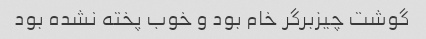
گوشت چیزبرگر خام بود و خوب پخته نشده بود